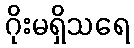
ဂိုးမရှိသရေ